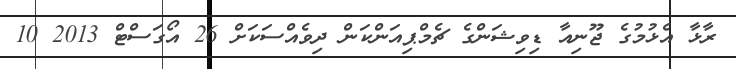
ރާޅާ އެޅުމުގެ ޖޫނިއާ ޑިވިޝަންގެ ޗެމްޕިއަންކަން ދިވެއްސަކަށް 26 އޯގަސްޓް 2013 10